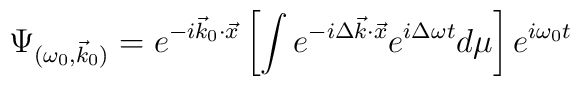
\Psi_{(\omega _{0},\vec{k}_{0})}=e^{-i\vec{k}_{0}{\cdot}\vec{x}}\left[ \int e^{-i\Delta \vec{k}{\cdot}\vec{x}}e^{i\Delta \omega t}d\mu \right] e^{i\omega _{0}t}\!